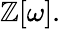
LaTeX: \mathbb{Z}[\omega].